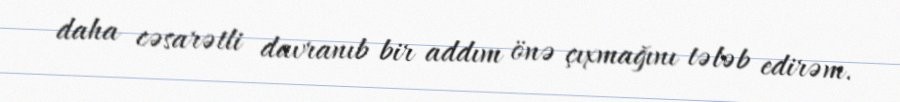
daha cəsarətli davranıb bir addım önə çıxmağını tələb edirəm.